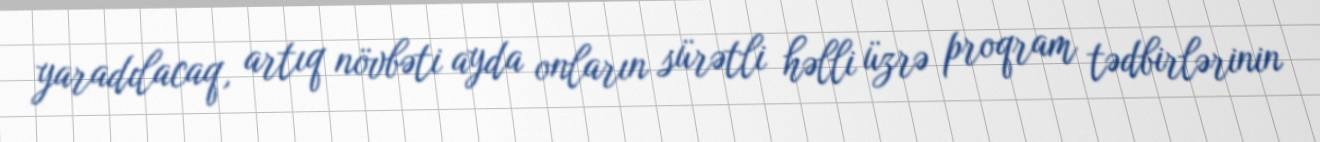
yaradılacaq, artıq növbəti ayda onların sürətli həlli üzrə proqram tədbirlərinin